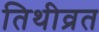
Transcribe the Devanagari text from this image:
तिथीव्रत